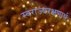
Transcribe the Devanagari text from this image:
स्वराज्यरक्षणार्थ